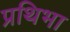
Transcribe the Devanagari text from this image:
प्रथिभा